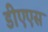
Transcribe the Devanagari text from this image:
डीएएस